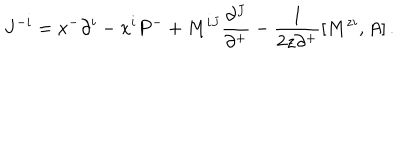
LaTeX: J ^ { - i } = x ^ { - } \partial ^ { i } - x ^ { i } P ^ { - } + M ^ { i J } \frac { \partial ^ { J } } { \partial ^ { + } } - \frac { 1 } { 2 z \partial ^ { + } } [ M ^ { z i } , A ] \, .